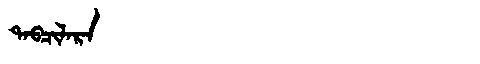
Manchu: ᡨᠠᠪᠴᡳᠯᠠᡵᠠ
Romanization: TABCILARA